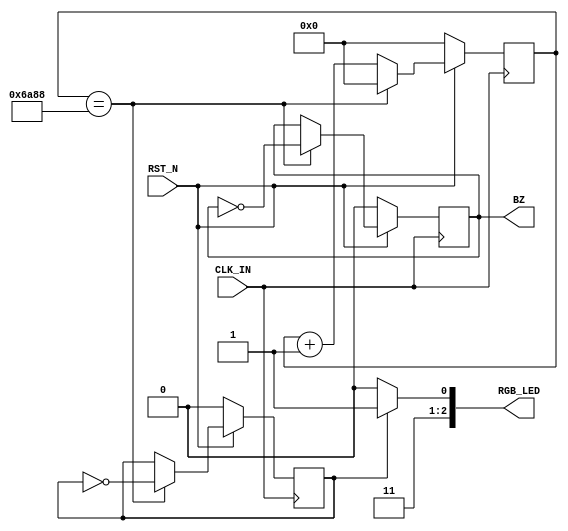
module top(
input wire CLK_IN,
input wire RST_N,
output wire [2:0] RGB_LED,
output wire BZ
);


reg [23:0] counter;
reg led;
reg buzz;

always @(posedge CLK_IN) begin
if(RST_N==1'b0) begin
	counter <= 24'd0;
	led <= 1'b0;
	buzz <= 1'b0;
end else begin
	if(counter==12000000/440) begin
		led <= ~led;
		counter <= 24'd0;
		buzz <= ~buzz;
	end else begin
		counter <=counter+24'd1;
	end
end
end
assign RGB_LED = led ? 3'b111:3'b110;
assign BZ = buzz;
endmodule